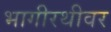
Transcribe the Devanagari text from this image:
भागीरथीवर